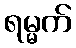
ရမ္မက်